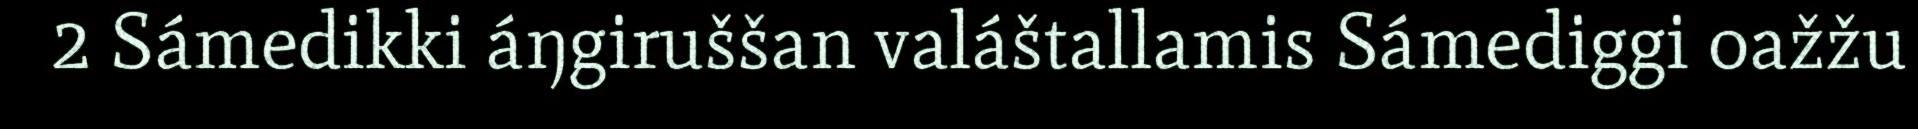
2 Sámedikki áŋgiruššan valáštallamis Sámediggi oažžu